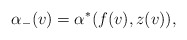
\begin{align*} \alpha_-(v)=\alpha^\ast(f(v), z(v)),\end{align*}